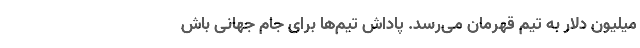
میلیون دلار به تیم قهرمان می‌رسد. پاداش تیم‌ها برای جام جهانی باش